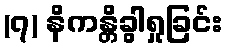
(၇) နိကန္တိခွါရှုခြင်း